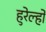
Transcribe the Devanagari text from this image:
हुरेल्हो